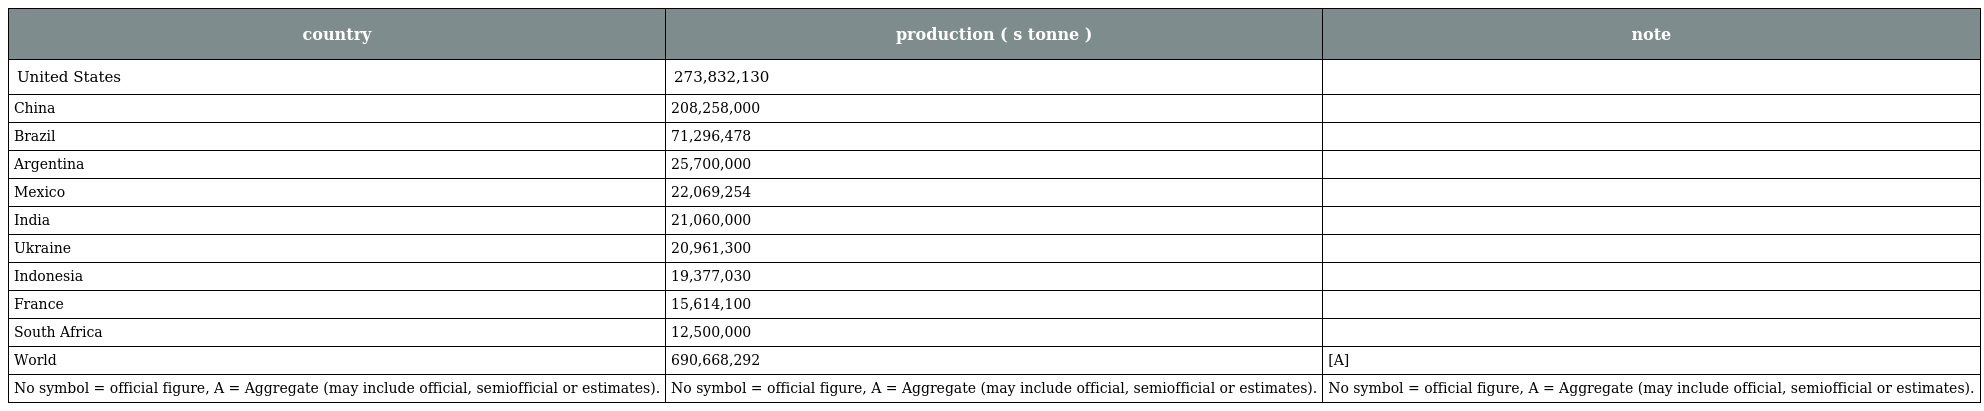
| country | production ( s tonne ) | note |
 | --- | --- | --- |
 | United States | 273,832,130 |  |
 | China | 208,258,000 |  |
 | Brazil | 71,296,478 |  |
 | Argentina | 25,700,000 |  |
 | Mexico | 22,069,254 |  |
 | India | 21,060,000 |  |
 | Ukraine | 20,961,300 |  |
 | Indonesia | 19,377,030 |  |
 | France | 15,614,100 |  |
 | South Africa | 12,500,000 |  |
 | World | 690,668,292 | [A] |
 | No symbol = official figure, A = Aggregate (may include official, semiofficial or estimates). | No symbol = official figure, A = Aggregate (may include official, semiofficial or estimates). | No symbol = official figure, A = Aggregate (may include official, semiofficial or estimates). |